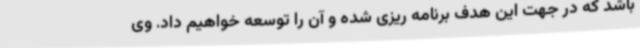
باشد که در جهت این هدف برنامه ریزی شده و آن را توسعه خواهیم داد. وی